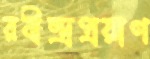
রবীন্দ্রপ্রয়াণ